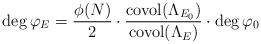
LaTeX: \begin{align*}\deg \varphi_E = \frac{\phi(N)}{2} \cdot \frac{\operatorname{covol}(\Lambda_{E_0})}{\operatorname{covol}(\Lambda_E)} \cdot \deg \varphi_0\end{align*}